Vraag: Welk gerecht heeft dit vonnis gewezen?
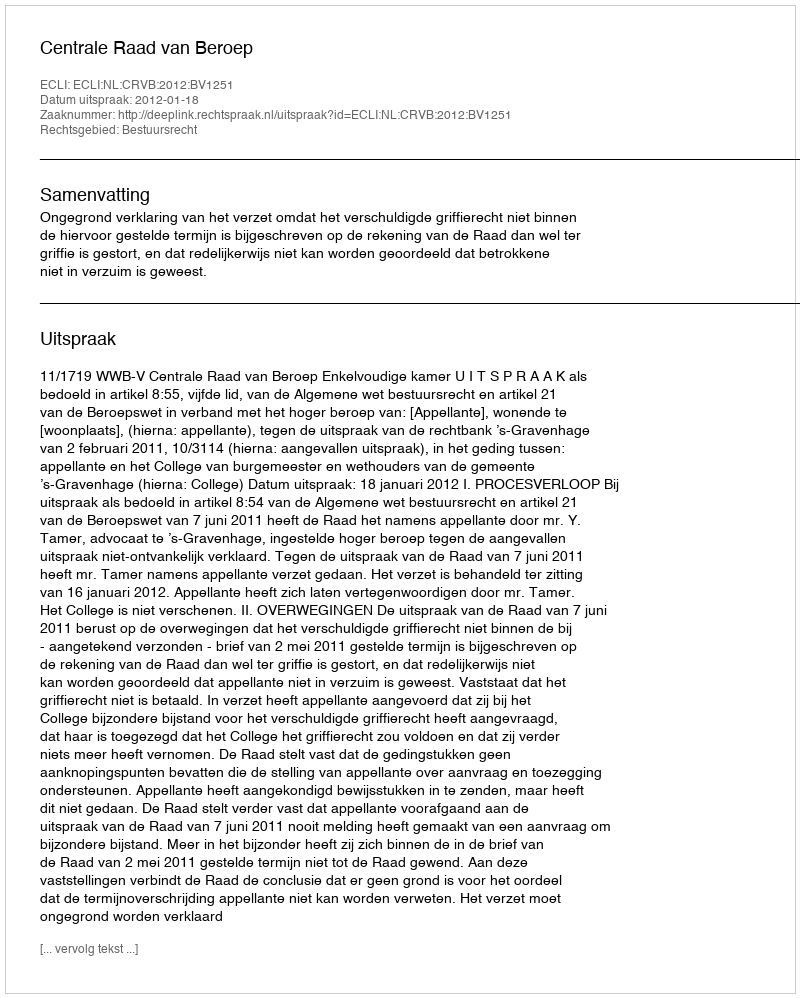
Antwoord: Centrale Raad van Beroep